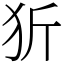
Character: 㹞